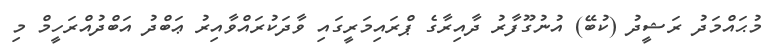
މުޙައްމަދު ރަޝީދު (ކުބޭ) އުނުގޫފާރު ދާއިރާގެ ޕްރައިމަރީގައި ވާދަކުރައްވާއިރު ޢަބްދު އަބްދުއްރަހީމް މި